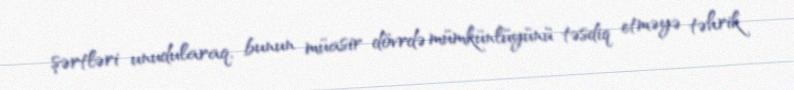
şərtləri unudularaq, bunun müasir dövrdə mümkünlüyünü təsdiq etməyə təhrik